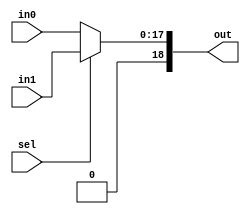
module sel(in0, in1, sel, out);
	input [17:0] in0, in1;
	input sel;
	output [18:0] out;

	assign out = (sel) ? in1 : in0;
endmodule